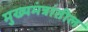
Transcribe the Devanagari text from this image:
मुख्यमंत्रांतील